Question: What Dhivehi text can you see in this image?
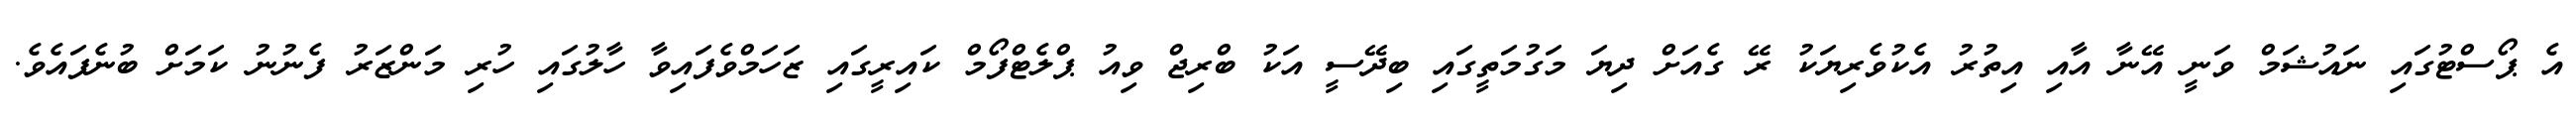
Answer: އެ ޕޯސްޓުގައި ނައުޝަމް ވަނީ އޭނާ އާއި އިތުރު އެކުވެރިޔަކު ރޭ ގެއަށް ދިޔަ މަގުމަތީގައި ބިދޭސީ އަކު ބްރިޖް ވިއު ޕްލެޓްފޯމް ކައިރީގައި ޒަހަމްވެފައިވާ ހާލުގައި ހުރި މަންޒަރު ފެނުނު ކަމަށް ބުނެފައެވެ.